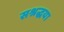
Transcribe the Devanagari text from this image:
सश्रद्धया